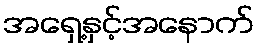
အရှေ့နှင့်အနောက်